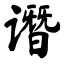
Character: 谮